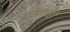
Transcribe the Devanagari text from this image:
उतारा।वहां